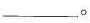
___。